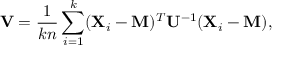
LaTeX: \mathbf { V } = { \frac { 1 } { k n } } \sum _ { i = 1 } ^ { k } ( \mathbf { X } _ { i } - \mathbf { M } ) ^ { T } \mathbf { U } ^ { - 1 } ( \mathbf { X } _ { i } - \mathbf { M } ) ,